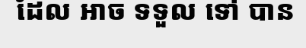
ដែល អាច ទទួល ទៅ បាន